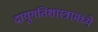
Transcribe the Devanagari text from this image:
द्रायुगतिशास्त्रामध्ये